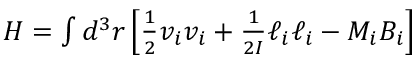
\begin{array} { r } { H = \int d ^ { 3 } r \left[ \frac { 1 } { 2 } v _ { i } v _ { i } + \frac { 1 } { 2 I } \ell _ { i } \ell _ { i } - M _ { i } B _ { i } \right] } \end{array}